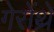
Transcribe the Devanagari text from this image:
गेरोंथ्रे